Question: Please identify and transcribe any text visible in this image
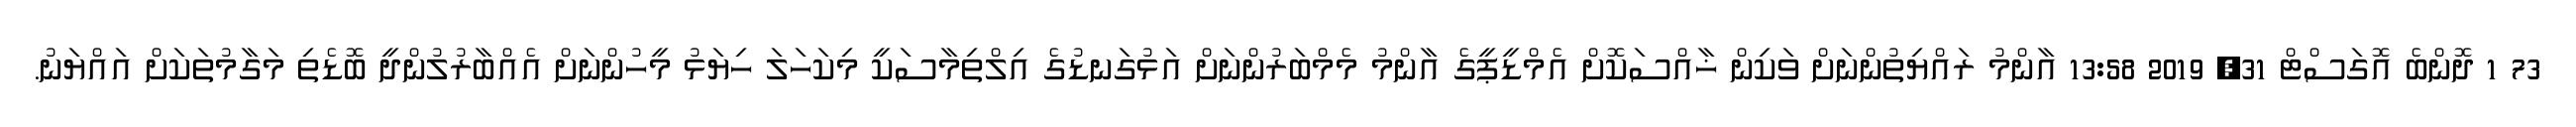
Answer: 73 1 ދޮންބެ އޮގަސްޓް 31, 2019 13:58 އާންމު ރައްޔިތުންނަށް ވަކިން ޚާއްސަކޮށް އެމްޑީޕީގެ އާންމު މެމްބަރުންނަށް އަޅުގަނޑުގެ އިލްތިމާސަކީ މިކަހަލަ ހިޔަޅު މީހުންނަށް އެއްބާރުލުންދީ ބޮޑެތި މަގާމުތަކަށް އައްޔަނު.